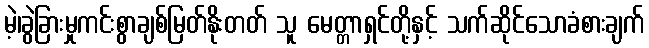
မဲ့၊ခွဲခြားမှုကင်းစွာချစ်မြတ်နိုးတတ် သူ မေတ္တာရှင်တို့နှင့် သက်ဆိုင်သောခံစားချက်